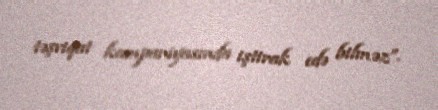
təşviqat kampaniyasında iştirak edə bilməz”.